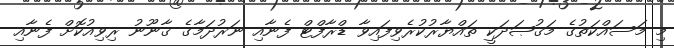
މި މަސައްކަތުގެ މަޤުޞަދަކީ ތައްޔާރުކުރެވިފައިވާ ޑްރާފްޓް ފެނާއި ނަރުދަމާގެ ޤާނޫނު ރިވިއުކޮށް ފެނާއި